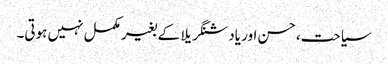
سیاحت،حسن اور یاد شنگریلا کے بغیر مکمل نہیں ہوتی۔